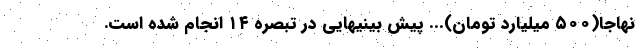
نهاجا(۵۰۰ میلیارد تومان)... پیش بینیهایی در تبصره ۱۴ انجام شده است.